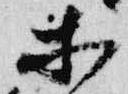
等